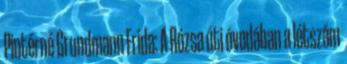
Pintérné Grundmann Frida: A Rózsa úti óvodában a létszám